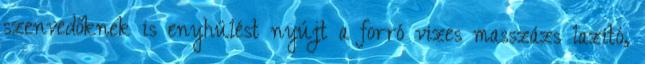
szenvedőknek is enyhülést nyújt a forró vizes masszázs lazító,